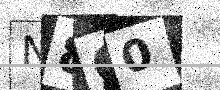
Text: N8C0